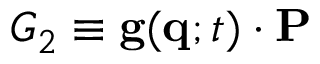
G _ { 2 } \equiv \mathbf { g } ( \mathbf { q } ; t ) \cdot \mathbf { P }